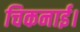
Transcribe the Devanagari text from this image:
चिकनाई।